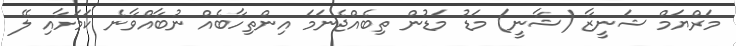
މަރްޔަމް ޝަނީޒާ (ޝާނީ) މަޑު މަޑުން ތިބެއްޖެނަމަ އިންތިހާބެއް ނުބާއްވާނެ ކަމަށާއި ލޭ